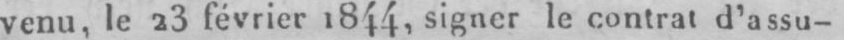
venu, le 23 février 1844 signer le contrat d’assu-